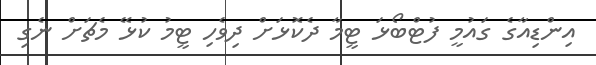
އިންޑިއާގެ ގައުމީ ފުޓްބޯޅަ ޓީމާ ދެކޮޅަށް ދިވެހި ޓީމު ކުޅޭ މެޗަށް ނެގި